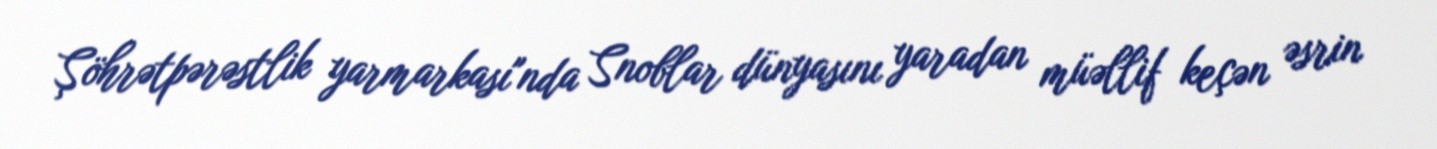
Şöhrətpərəstlik yarmarkası"nda Snoblar dünyasını yaradan müəllif keçən əsrin